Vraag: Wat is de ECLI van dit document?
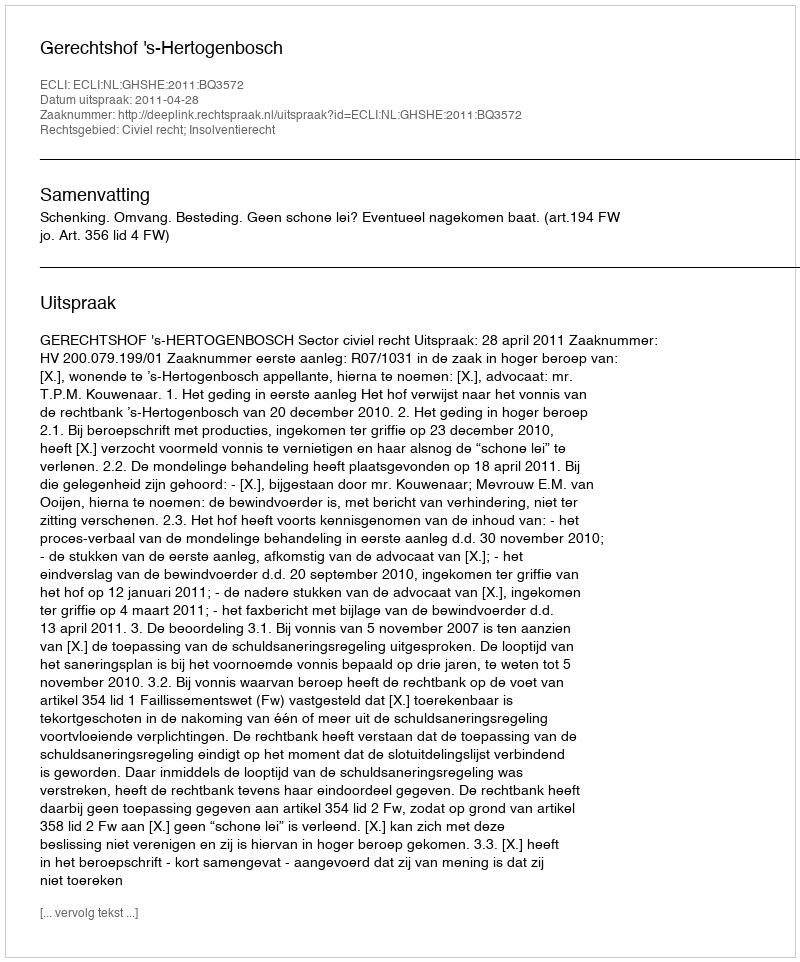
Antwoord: ECLI:NL:GHSHE:2011:BQ3572